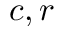
c , r